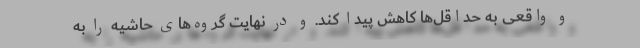
و واقعی به حداقل‌ها کاهش پیدا کند. و در نهایت گروه‌های حاشیه را به